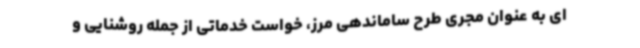
ای به عنوان مجری طرح ساماندهی مرز، خواست خدماتی از جمله روشنایی و